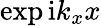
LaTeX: \exp{\mathrm{i}k_{x}x}